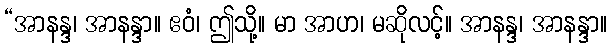
“အာနန္ဒ၊ အာနန္ဒာ။ ဧဝံ၊ ဤသို့။ မာ အာဟ၊ မဆိုလင့်။ အာနန္ဒ၊ အာနန္ဒာ။